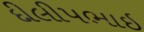
દીલીપભાઇ